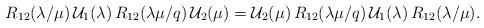
LaTeX: \begin{align*}R_{12}(\lambda /\mu )\,\mathcal{U}_{1}(\lambda )\,R_{12}(\lambda \mu /q)\,\mathcal{U}_{2}(\mu )=\mathcal{U}_{2}(\mu )\,R_{12}(\lambda \mu /q)\,\mathcal{U}_{1}(\lambda )\,R_{12}(\lambda /\mu ). \end{align*}